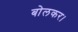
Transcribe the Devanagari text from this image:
बोलकर।